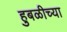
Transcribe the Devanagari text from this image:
हुबळीच्या